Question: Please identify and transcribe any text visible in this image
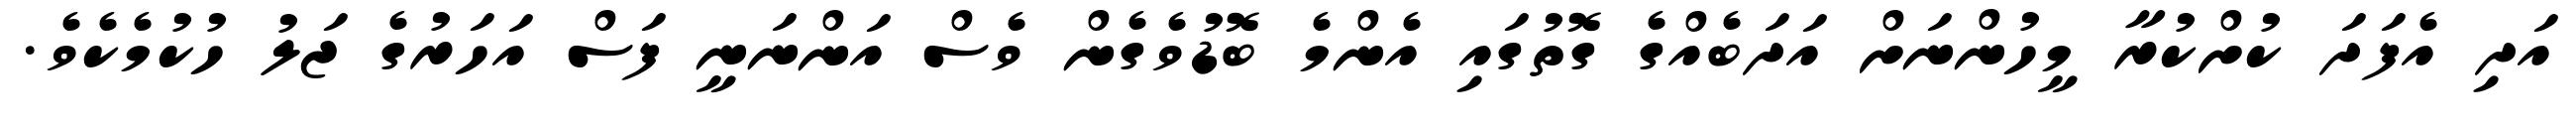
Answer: އަދި އެފަދަ ކުށްކުރާ މީހުންނަށް އަދަބެއްގެ ގޮތުގައި އެންމެ ބޮޑުވެގެން ވެސް އަންނަނީ ފަސް އަހަރުގެ ޖަލު ހުކުމެކެވެ.